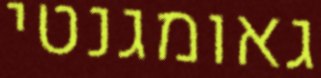
גאומגנטי